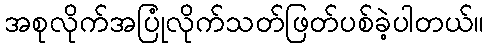
အစုလိုက်အပြုံလိုက်သတ်ဖြတ်ပစ်ခဲ့ပါတယ်။